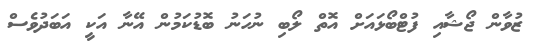
ޒުވާން ޖޯޝާއި ފުޓްބޯޅައަށް އޮތް ލޯބި ނުހަނު ބޮޑުކަމުން އޭނާ އަކީ އަބަދުވެސް